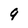
Character: 9